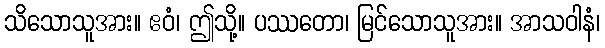
သိသောသူအား။ ဧဝံ၊ ဤသို့။ ပဿတော၊ မြင်သောသူအား။ အာသဝါနံ၊